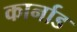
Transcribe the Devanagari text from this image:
कार्नाड